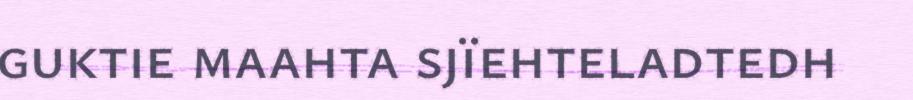
guktie maahta sjïehteladtedh